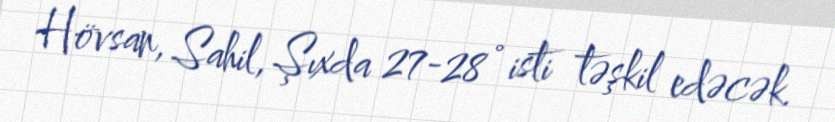
Hövsan, Sahil, Şıxda 27-28° isti təşkil edəcək.